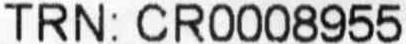
TRN: CR0008955